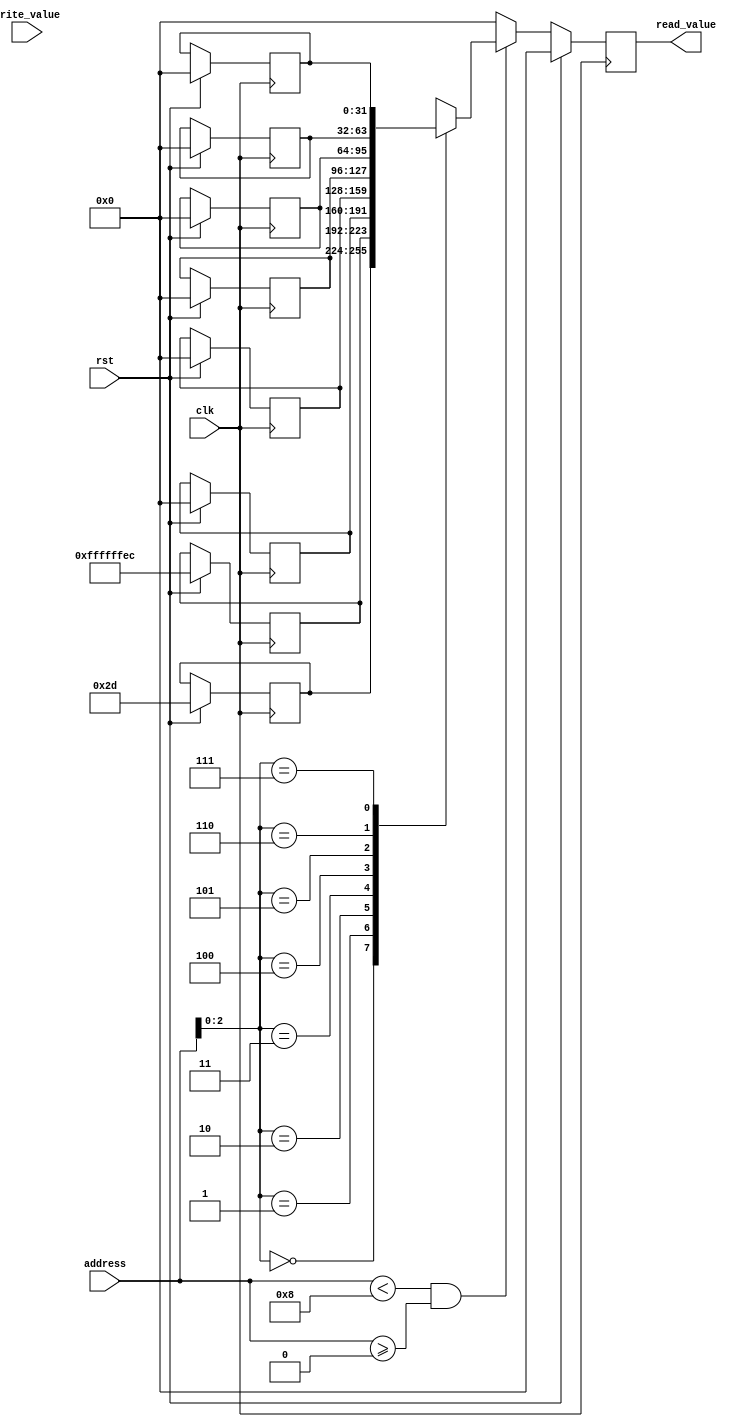
`timescale 1ns / 1ps
//////////////////////////////////////////////////////////////////////////////////
// Company: 
// Engineer: 
// 
// Design Name: 
// Module Name: data_cache
// Project Name: 
// Target Devices: 
// Tool Versions: 
// Description: 
// 
// Dependencies: 
// 
// Revision:
// Revision 0.01 - File Created
// Additional Comments:
// 
//////////////////////////////////////////////////////////////////////////////////


module data_cache(
    input [31:0] address,
    input [31:0] write_value,
    input clk, rst,
    output reg [31:0] read_value
    );
    reg [31:0] d_cache [7:0];
    integer i;
    always @ (posedge clk)
    begin
        if (rst) begin
            for(i=0; i<8; i=i+1) d_cache[i] = 32'h0;
            read_value = 32'h0;
            d_cache[0] = 32'd45;
            d_cache[1] = -20;
        
        end
        else
        begin
            if (address < 8 && address >=0)begin
            read_value = d_cache[address];
            end
            else
            begin
                read_value = 32'h0;
            
            end
        
        end
    
    
    end
    
    
    
    
    
    
    
endmodule